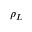
\rho _ { L }